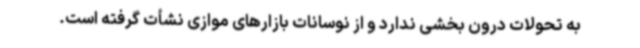
به تحولات درون بخشی ندارد و از نوسانات بازارهای موازی نشأت گرفته است.